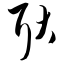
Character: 耿